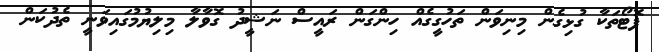
ފޮޓޯތަކާ ގުޅިގެން މިނިވަން ތަހުގީގެއް ހިންގަން ރައީސް ނަޝީދު ގޮވާލާ މިލިޔުމުގައިވަނީ ތެދުކަން